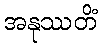
အနုဿတိံ